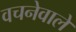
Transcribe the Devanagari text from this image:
वचनेवाले